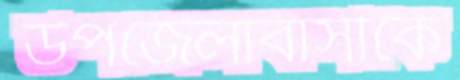
উপজেলাবাসীকে